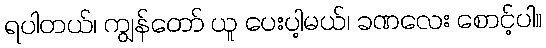
ရပါတယ်၊ ကျွန်တော် ယူ ပေးပါ့မယ်၊ ခဏလေး စောင့်ပါ။